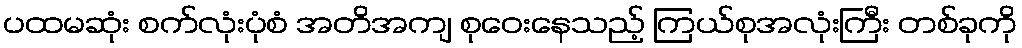
ပထမဆုံး စက်လုံးပုံစံ အတိအကျ စုဝေးနေသည့် ကြယ်စုအလုံးကြီး တစ်ခုကို